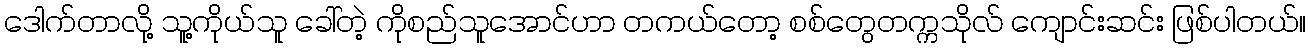
ဒေါက်တာလို့ သူ့ကိုယ်သူ ခေါ်တဲ့ ကိုစည်သူအောင်ဟာ တကယ်တော့ စစ်တွေတက္ကသိုလ် ကျောင်းဆင်း ဖြစ်ပါတယ်။